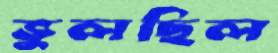
ভুলছিল